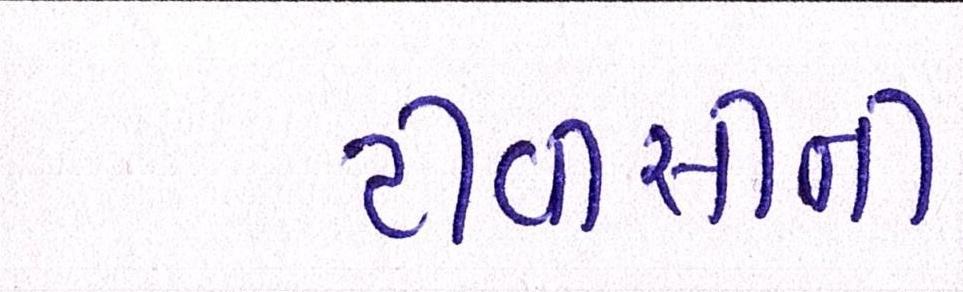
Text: ટીવીસીની